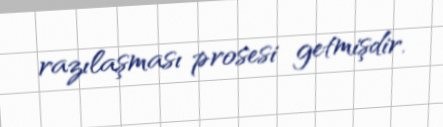
razılaşması prosesi getmişdir.